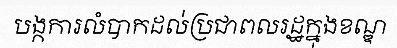
បង្កការលំបាកដល់ប្រជាពលរដ្ឋក្នុងខណ្ឌ